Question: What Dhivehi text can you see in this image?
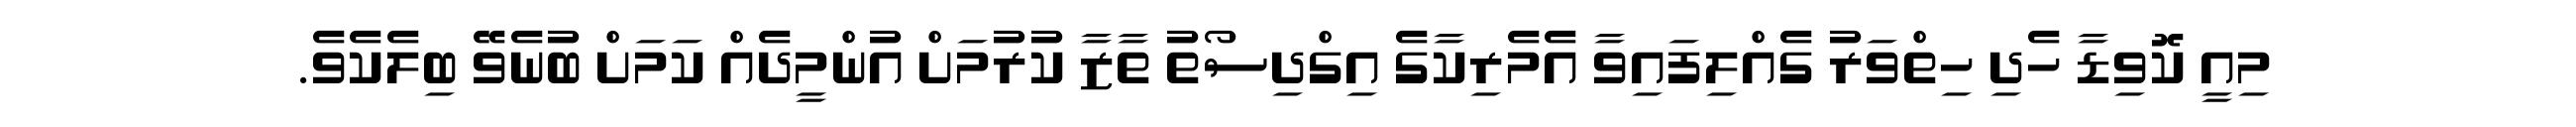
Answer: މިއީ ކޮވިޑާ ހެދި ހިތްވަރު ގެއްލިފައިވާ އެމެރިކާގެ އިގްދިސޯތު ތާޒާ ކުރުމަށް އުންމީދެއް ކަމަށް ބުނެވޭ ބިލެކެވެ.